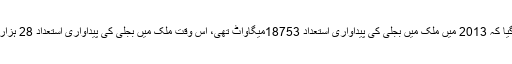
وزیراعظم کو بتایا گیا کہ 2013 میں ملک میں بجلی کی پیداواری استعداد 18753میگاواٹ تھی، اس وقت ملک میں بجلی کی پیداواری استعداد 28 ہزار704 میگاواٹ ہے۔